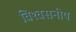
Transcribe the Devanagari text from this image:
विश्‍वसनीय